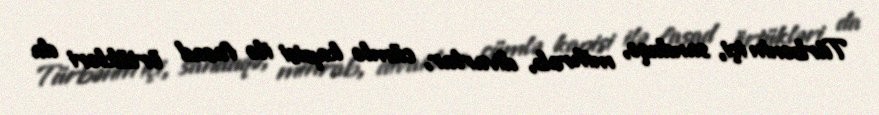
Türbənin içi, sanduqə, mihrab, divarlar, cümlə kapisi ilə fasad örtükləri da